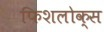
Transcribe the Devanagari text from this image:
फिशलोक्स